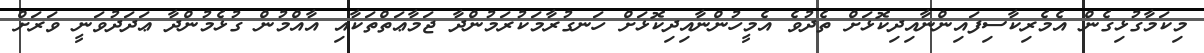
މިކަމާގުޅިގެން އެމެރިކާސިފައިންނާއިދިކޮޅަށް ތެދުވެ އެމީހުންނާއިދިކޮޅަށް ހަނގުރާމަކުރަމުންދާ ޖަމާޢަތްތަކާއި އާއްމުން ގުޅެމުންދާ ޢަދަދުވަނީ ވަރަށް